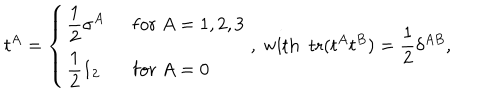
t ^ { A } = \left\{ \begin{array} { l l } { { \displaystyle \frac { 1 } { 2 } \sigma ^ { A } } } & { { ~ ~ \mathrm { f o r } ~ A = 1 , 2 , 3 } } \\ { { \displaystyle \frac { 1 } { 2 } 1 _ { 2 } } } & { { ~ ~ \mathrm { f o r } ~ A = 0 } } \\ \end{array} \right. , \mathrm { ~ w i t h ~ ~ t r } ( t ^ { A } t ^ { B } ) = \frac { 1 } { 2 } \delta ^ { A B } ,